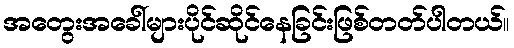
အတွေးအခေါ်များပိုင်ဆိုင်နေခြင်းဖြစ်တတ်ပါတယ်။